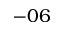
- 0 6